Calcutta medical institutions reports 1871-78
Year: 1871
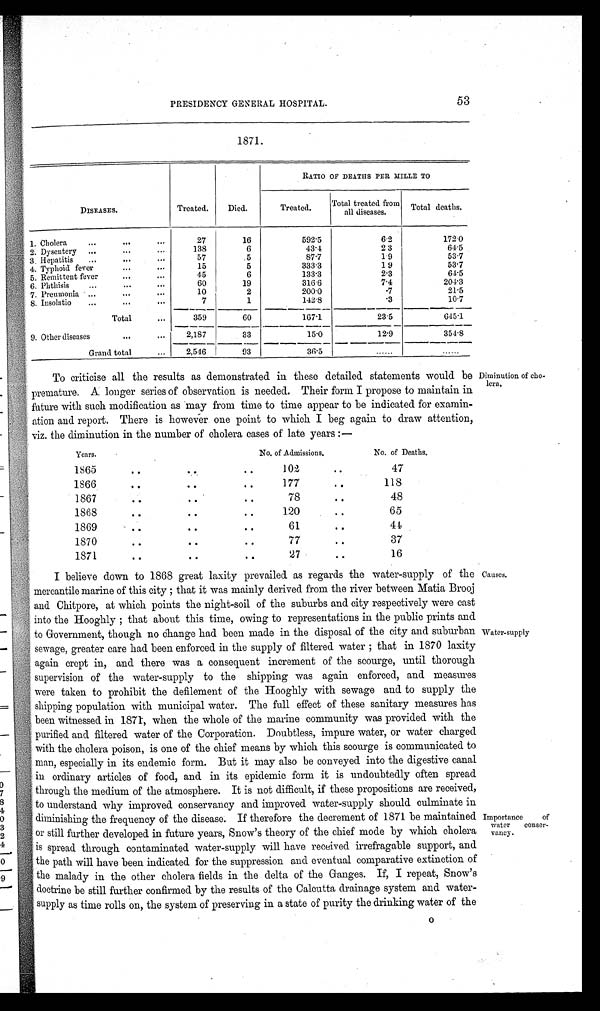
PRESIDENCY GENERAL HOSPITAL.
53
1871.
DISEASES.
Treated.
Died.
RATIO OF DEATHS PER MILLE TO
Treated.
Total treated from
all diseases.
Total deaths.
1. Cholera
27
16
592.5
6.2
172.0
2. Dysentery
138
6
43.4
23
64.5
3.Hepatitis
57
5
87.7
1.9
53.7
4. Typhoid fever
15
5
333.3
1.9
53.7
5. Remittent fever
45
6
133.3
2.3
64.5
6. Phthisis
60
19
316.6
7.4
204.3
7. Preumonia
10
2
200.0
.7
21.5
8. Insolatio
7
1
142.8
.3
10.7
Total
359
60
167.1
23.5
6 4 5 . 1
9. Other diseases
2,187
33
15.0
12.9
354.8
Grand total
2,546
93
3 6 . 5
......
......
To criticise all the results as demonstrated in these detailed statements would be
premature. A. longer series of observation is needed. Their form I propose to maintain in
future with such modification as may from time to time appear to be indicated for examin
ation and report. There is however one point to which I beg again to draw attention,
viz. the diminution in the number of cholera cases of late years :—
Years.
No. of Admissions.
No. of Deaths.
1865
..
..
..
102
..
47
1866
..
..
..
177
..
118
1867
..
..
..
78
..
48
1868
..
..
..
120
..
65
1869
..
..
..
61
..
44
1870
..
..
..
77
..
37
1871
..
..
..
27
..
16
I believe down to 1868 great laxity prevailed as regards the water-supply of the
mercantile marine of this city ; that it was mainly derived from the river between Matia Brooj
and Chitpore, at which points the night-soil of the suburbs and city respectively were cast
into the Hooghly ; that about this time, owing to representations in the public prints and
to Government, though no Change had been made in the disposal of the city and suburban
sewage, greater care had been enforced in the supply of filtered water ; that in 1870 laxity
again crept in, and there was a consequent increment of the scourge, until thorough
supervision of the water-supply to the shipping was again enforced, and measures
were taken to prohibit the defilement of the Hooghly with sewage and to supply the
shipping population with municipal water. The full effect of these sanitary measures has
been witnessed in 1871, when the whole of the marine community was provided with the
purified and filtered water of the Corporation. Doubtless, impure water, or water charged
with the cholera poison, is one of the chief means by which this scourge is communicated to
man, especially in its endemic form. But it may also be conveyed into the digestive canal
in ordinary articles of food, and in its epidemic form it is undoubtedly often spread
through the medium of the atmosphere. It is not difficult, if these propositions are received,
to understand why improved conservancy and improved water-supply should culminate in
diminishing the frequency of the disease. If therefore the decrement of 1871 be maintained
or still further developed in future years, Snow's theory of the chief mode by which cholera
is spread through contaminated water-supply will have received irrefragable support, and
the path will have been indicated for the suppression and eventual comparative extinction of
the malady in the other cholera fields in the delta of the Ganges. If, I repeat, Snow's
doctrine be still further confirmed by the results of the Calcutta drainage system and water-
supply as time rolls on, the system of preserving in a state of purity the drinking water of the
Diminution of cho
lera,
Causes.
Water-supply
Importance of
water conser
vancy.
O